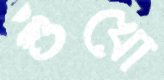
শুঁখো